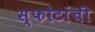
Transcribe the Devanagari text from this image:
स्फोटांची